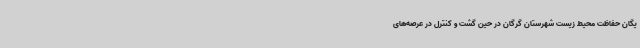
یگان حفاظت محیط زیست شهرستان گرگان در حین گشت و کنترل در عرصه‌های